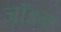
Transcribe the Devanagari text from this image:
जॉडन